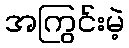
အကြွင်းမဲ့